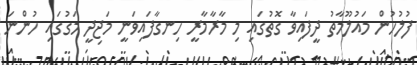
ފުލުހުން މައުލޫމާތު ދީފައިވާ ގޮތުގައި މި މާރާމާރީ ހިނގާފައިވަނީ މަޖިދީ މަގުގައި ހުންނަ